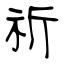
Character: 祈